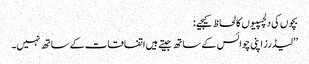
بچوں کی دلچسپیوں کا لحاظ کیجیے:
’’لیڈرز اپنی چوائس کے ساتھ جیتے ہیں اتفاقات کے ساتھ نہیں۔